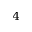
_ 4